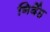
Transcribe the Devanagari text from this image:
निर्देह